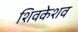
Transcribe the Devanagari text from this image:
शिवकेशव